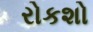
રોકશો